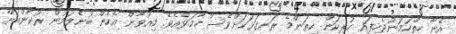
އޭނާ ހިތްހަމަނުޖެހިފައި ހުރިކަން ކިތަންމެ ރަނގަޅަކަށްވެސް ހާމަވެއެވެ. މިއުވާން އެހެން ބުނެލުމުން ރުކާންއަށް